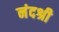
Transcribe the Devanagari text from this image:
नंदश्री